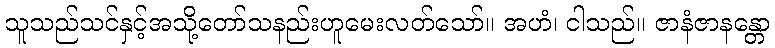
သူသည်သင်နှင့်အသို့တော်သနည်းဟူမေးလတ်သော်။ အဟံ၊ ငါသည်။ ဇာနံဇာနန္တော